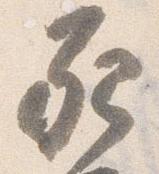
死